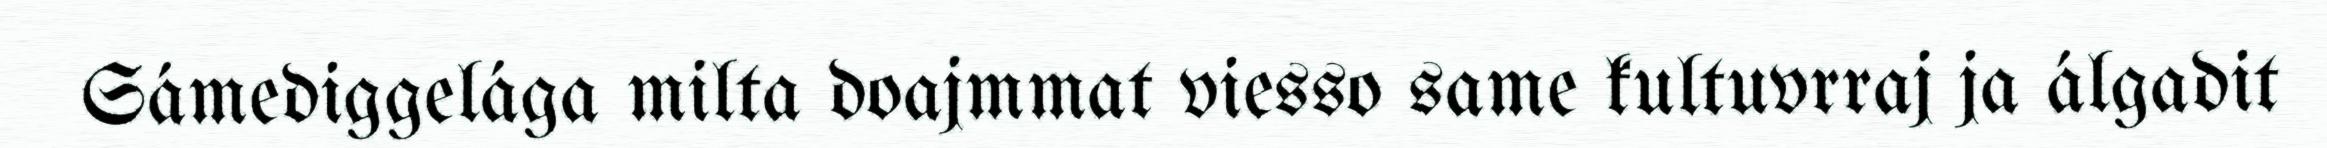
Sámediggelága milta doajmmat viesso same kultuvrraj ja álgadit